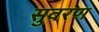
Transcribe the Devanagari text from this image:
सुवरण